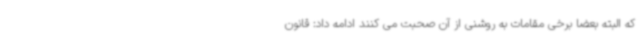
که البته بعضا برخی مقامات به روشنی از آن صحبت می کنند ادامه داد: قانون